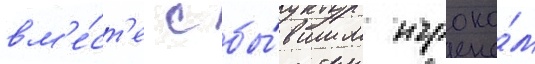
вм'е́ст'е с бы́вшим игроко́м